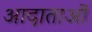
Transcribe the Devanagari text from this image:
आदाताओं